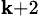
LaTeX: _{\mathbf{k}+2}